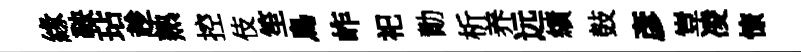
緣鞅玷趁熟控伎笙鳥岞祀勣析养远績鼓彥豈凌憭